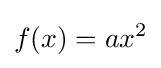
f(x)=ax^{2}